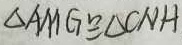
\Delta A M G \cong \Delta C N H